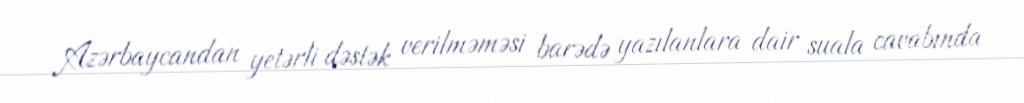
Azərbaycandan yetərli dəstək verilməməsi barədə yazılanlara dair suala cavabında